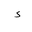
Letter: _hamza